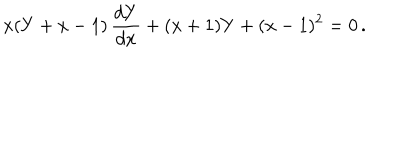
x ( Y + x - 1 ) \, \frac { d Y } { d x } + ( x + 1 ) Y + ( x - 1 ) ^ { 2 } = 0 \, .